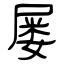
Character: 屡